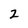
Character: 2